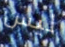
ليس